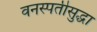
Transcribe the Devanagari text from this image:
वनस्पतीसुद्धा